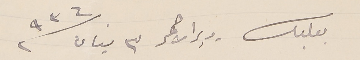
بعلبك - دير الاحمر ٣ نيسان سنة ٩٣٦